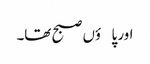
اور پاؤں صبح تھا۔